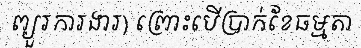
ព្យួរការងារ) ព្រោះបើប្រាក់ខែធម្មតា